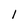
Character: 1